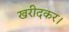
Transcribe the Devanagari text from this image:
खरीदकर।